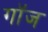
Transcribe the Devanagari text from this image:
गॉज